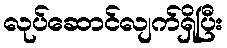
လုပ်ဆောင်လျက်ရှိပြီး